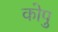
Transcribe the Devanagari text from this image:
कोपु